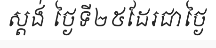
ស្តង់ ថ្ងៃទី២៥ដែរជាថ្ងៃ